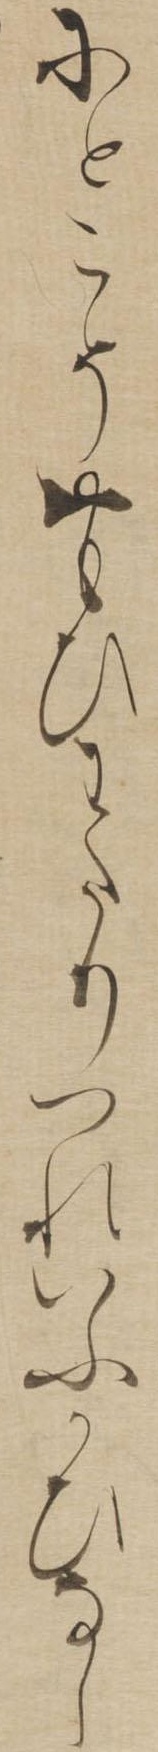
にとこそおもひわたりつれいふかひなし